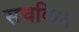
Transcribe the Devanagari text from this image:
सचकित